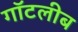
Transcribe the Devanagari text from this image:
गॉटलीब